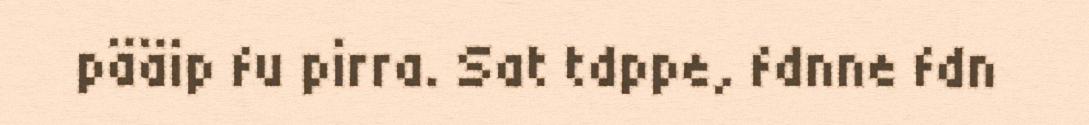
pääip fu pirra. Sat tdppe, fdnne fdn